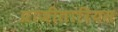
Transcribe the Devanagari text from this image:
प्राजीतारियस